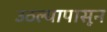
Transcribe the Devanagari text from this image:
उठल्यापासून